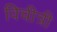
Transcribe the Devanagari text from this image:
विचीत्री